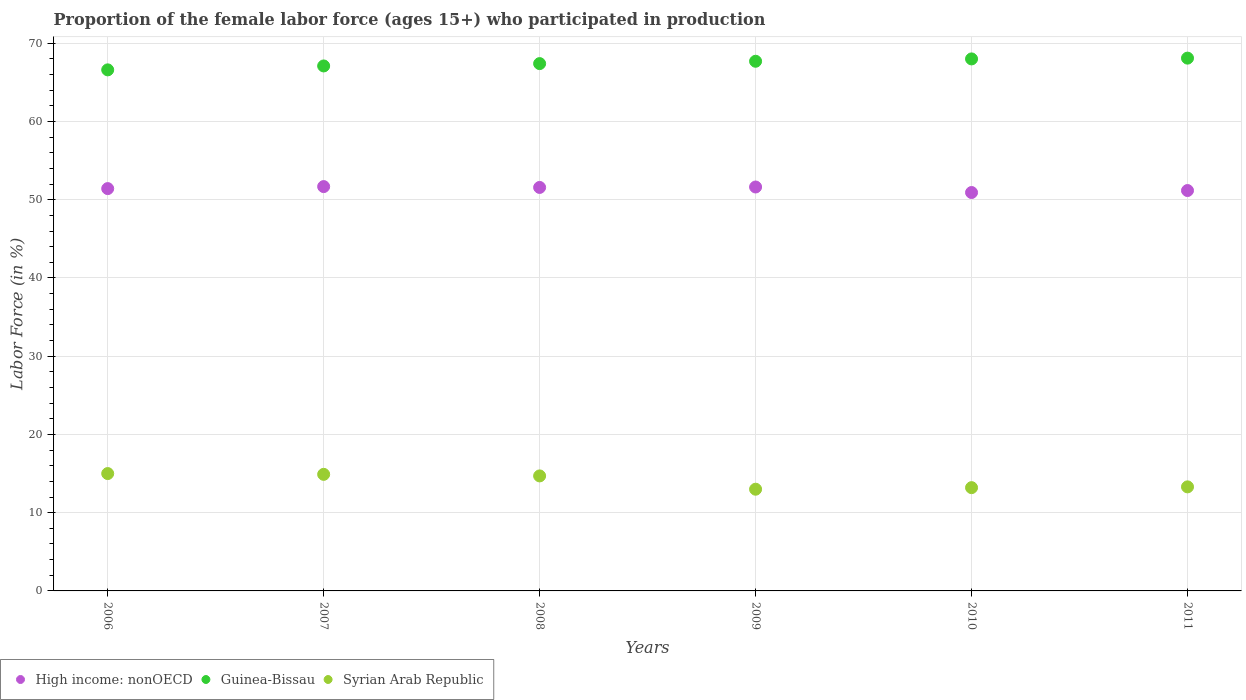
| Years | High income: nonOECD | Guinea-Bissau | Syrian Arab Republic |
 | --- | --- | --- | --- |
 | 2006 | 51.4 | 66.6 | 15 |
 | 2007 | 51.7 | 67.1 | 14.9 |
 | 2008 | 51.6 | 67.4 | 14.7 |
 | 2009 | 51.6 | 67.7 | 13 |
 | 2010 | 50.9 | 68 | 13.2 |
 | 2011 | 51.2 | 68.1 | 13.3 |